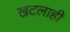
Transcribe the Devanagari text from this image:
खटलाही